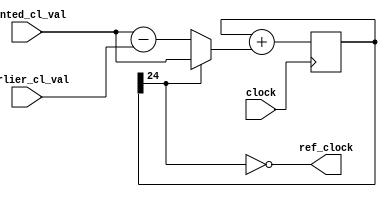

module ref_gen_clock(
input [24:0] wanted_cl_val ,
input [24:0] earlier_cl_val ,
input clock ,
output ref_clock
);
reg [24:0] counter = 0 ;
wire [24:0] count = counter[24] ? (wanted_cl_val) : (wanted_cl_val - earlier_cl_val);
wire [24:0] final = counter + count;
always @(posedge clock)
begin
  counter = final;
end
assign ref_clock = ~counter[24];
endmodule